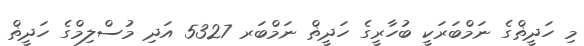
މި ހަދީޡްގެ ނަމްބަރަކީ ބުހާރީގެ ހަދީޡް ނަމްބަރ 5327 އަދި މުސްލިމްގެ ހަދީޡް